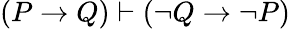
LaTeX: (P\to Q)\vdash(\neg Q\to\neg P)